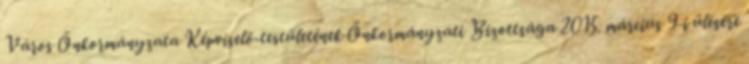
Város Önkormányzata Képviselő-testületének Önkormányzati Bizottsága 2015. március 9-i ülésére